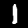
Digit: 1